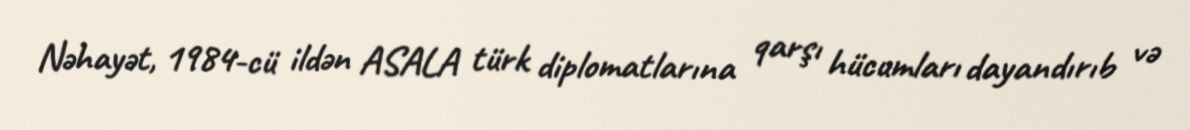
Nəhayət, 1984-cü ildən ASALA türk diplomatlarına qarşı hücumları dayandırıb və